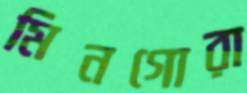
মিনগোরা